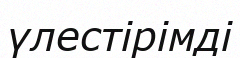
үлестірімді